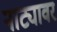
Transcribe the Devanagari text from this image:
नाट्यावर